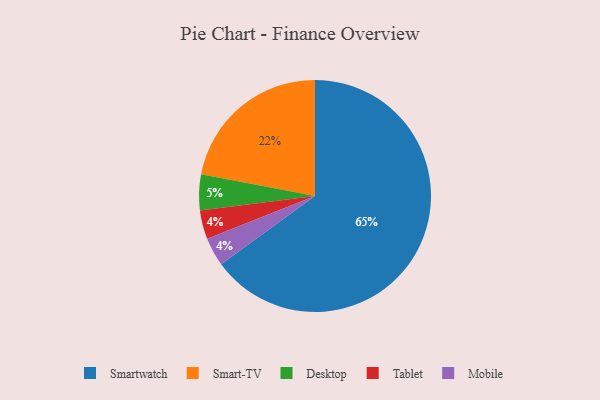
{"axis": {"x": "Category", "y": "Percentage"}, "legend": ["Desktop", "Mobile", "Smart-TV", "Smartwatch", "Tablet"], "data": [{"x": "Smart-TV", "y": 22, "type": "Smart-TV"}, {"x": "Tablet", "y": 4, "type": "Tablet"}, {"x": "Mobile", "y": 4, "type": "Mobile"}, {"x": "Smartwatch", "y": 65, "type": "Smartwatch"}, {"x": "Desktop", "y": 5, "type": "Desktop"}]}